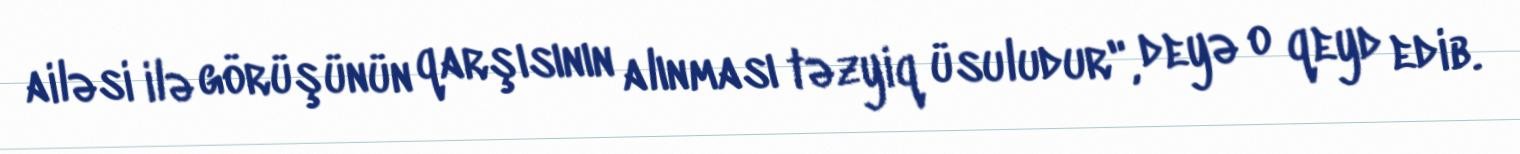
ailəsi ilə görüşünün qarşısının alınması təzyiq üsuludur", deyə o qeyd edib.